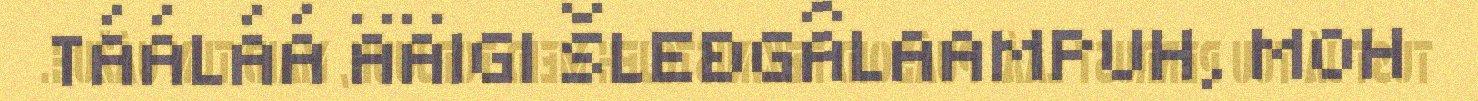
TÁÁLÁÁ ÄÄIGI ŠLEĐGÂLAAMPUH, MOH